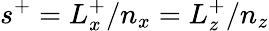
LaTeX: s^{+}=L_{x}^{+}/n_{x}=L_{z}^{+}/n_{z}